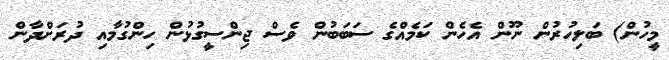
މީހުން) ބަލިހުރުން ނޫން އެހެން ކަމެއްގެ ސަބަބުން ވެސް ޖިންސީގުޅުން ހިންގުމާއި ދުރަށްދާން